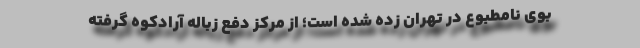
بوی نامطبوع در تهران زده شده است؛ از مرکز دفع زباله آرادکوه گرفته